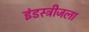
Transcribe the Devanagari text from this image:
इंडस्ट्रीजला